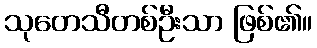
သုတေသီတစ်ဦးသာ ဖြစ်၏။